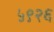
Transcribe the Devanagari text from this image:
५९२६